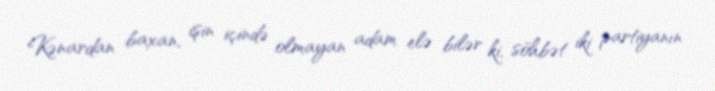
Kənardan baxan, işin içində olmayan adam elə bilər ki, söhbət iki partiyanın